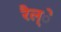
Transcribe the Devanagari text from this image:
रैल्े